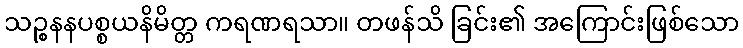
သဉ္စနနပစ္စယနိမိတ္တ ကရဏရသာ။ တဖန်သိ ခြင်း၏ အကြောင်းဖြစ်သော